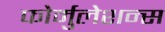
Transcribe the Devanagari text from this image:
फोर्मुलेशन्स